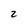
Character: 2